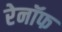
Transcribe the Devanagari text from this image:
रेनॉफ